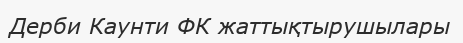
Дерби Каунти ФК жаттықтырушылары